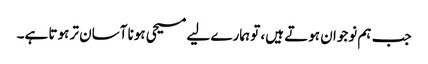
جب ہم نوجوان ہوتے ہیں، تو ہمارے لیے مسیحی ہونا آسان تر ہوتا ہے۔